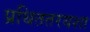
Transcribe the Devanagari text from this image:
प्रथिततरयशा